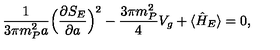
\frac { 1 } { 3 \pi m _ { P } ^ { 2 } a } \Bigl ( \frac { \partial S _ { E } } { \partial a } \Bigr ) ^ { 2 } - \frac { 3 \pi m _ { P } ^ { 2 } } { 4 } V _ { g } + \langle \hat { H } _ { E } \rangle = 0 ,